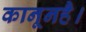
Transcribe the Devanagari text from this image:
कानूनहै।